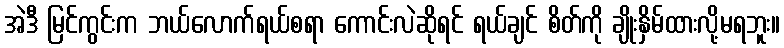
အဲဒီ မြင်ကွင်းက ဘယ်လောက်ရယ်စရာ ကောင်းလဲဆိုရင် ရယ်ချင် စိတ်ကို ချိုးနှိမ်ထားလို့မရဘူး။